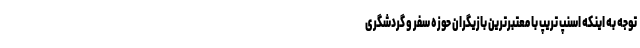
توجه به اینکه اسنپ تریپ با معتبرترین بازیگران حوزه سفر و گردشگری